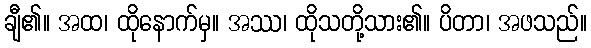
ချီ၏။ အထ၊ ထိုနောက်မှ။ အဿ၊ ထိုသတို့သား၏။ ပိတာ၊ အဖသည်။